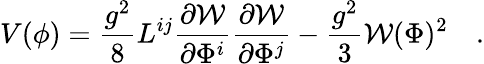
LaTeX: V(\phi)=\frac{g^{2}}{8}L^{ij}\frac{\partial{\cal W}}{\partial\Phi^{i}}\frac{\partial{\cal W}}{\partial\Phi^{j}}-\frac{g^{2}}{3}{\cal W}(\Phi)^{2}\quad.